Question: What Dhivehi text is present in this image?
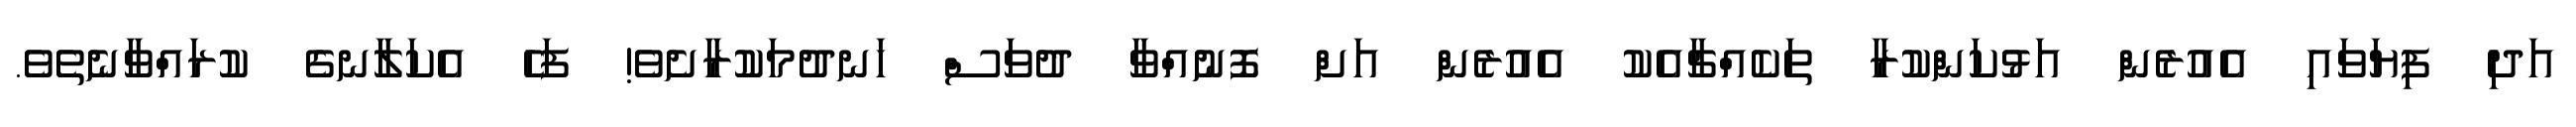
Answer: އަދި ފިޔަވައި އެއުރެން އަޅުކަންކުރާ ތަކެއްޗާއެކު އެއުރެން އަށް ފޮނުއްވާ ދުވަސް ހަނދުމަކުރާށެވެ! ފަހެ އެކަލާނގެ ކުރައްވާނެތެވެ.